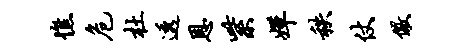
憔危杜透恩紫婵秩仗儆